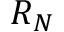
R _ { N }